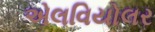
એલવિયોલર